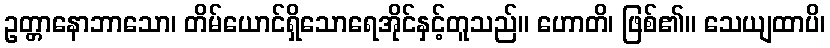
ဥတ္တာနောဘာသော၊ တိမ်ယောင်ရှိသောရေအိုင်နှင့်တူသည်။ ဟောတိ၊ ဖြစ်၏။ သေယျထာပိ၊